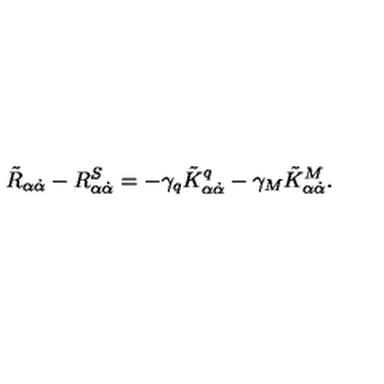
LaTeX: \tilde { R } _ { \alpha \dot { \alpha } } - R _ { \alpha \dot { \alpha } } ^ { S } = - \gamma _ { q } \tilde { K } _ { \alpha \dot { \alpha } } ^ { q } - \gamma _ { M } \tilde { K } _ { \alpha \dot { \alpha } } ^ { M } .